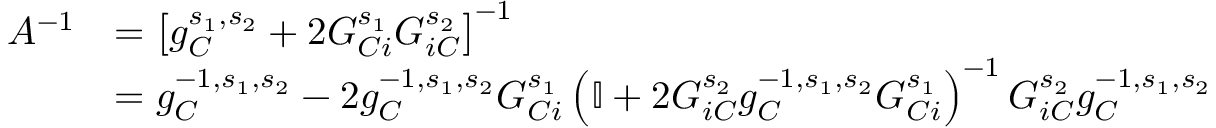
\begin{array} { r l } { A ^ { - 1 } } & { = \left[ g _ { C } ^ { s _ { 1 } , s _ { 2 } } + 2 G _ { C i } ^ { s _ { 1 } } G _ { i C } ^ { s _ { 2 } } \right] ^ { - 1 } } \\ & { = g _ { C } ^ { - 1 , s _ { 1 } , s _ { 2 } } - 2 g _ { C } ^ { - 1 , s _ { 1 } , s _ { 2 } } G _ { C i } ^ { s _ { 1 } } \left( \mathbb { I } + 2 G _ { i C } ^ { s _ { 2 } } g _ { C } ^ { - 1 , s _ { 1 } , s _ { 2 } } G _ { C i } ^ { s _ { 1 } } \right) ^ { - 1 } G _ { i C } ^ { s _ { 2 } } g _ { C } ^ { - 1 , s _ { 1 } , s _ { 2 } } } \end{array}